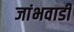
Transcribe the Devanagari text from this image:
जांभवाडी